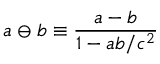
\displaystyle a \ominus b \equiv \frac { a - b } { 1 - a b / c ^ { 2 } }